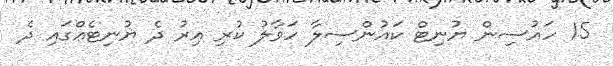
15 ހައުސިން ޔުނިޓް ކައުންސިލާ ހަވާލު ކުރި އިރު ދެ ޔުނިޓެއްގައި ދެ